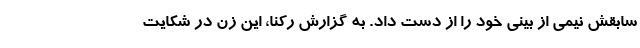
سابقش نیمی از بینی خود را از دست داد. به گزارش رکنا، این زن در شکایت